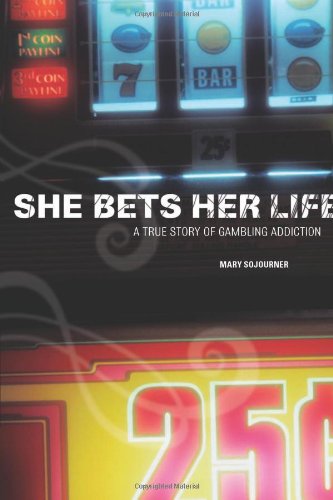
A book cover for She Bets Her Life: A True Story of Gambling Addiction; Mary Sojourner; Health, Fitness & Dieting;